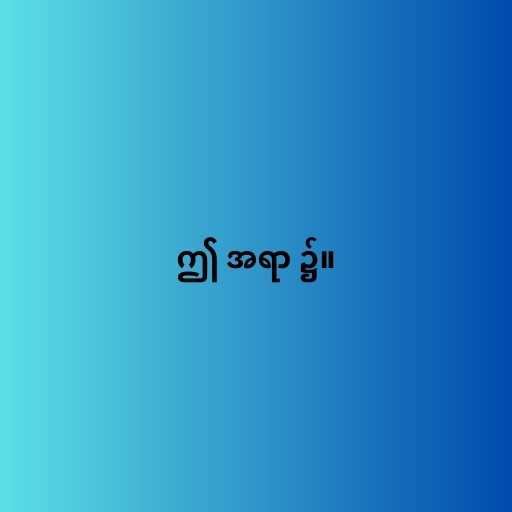
ဤ အရာ ၌။